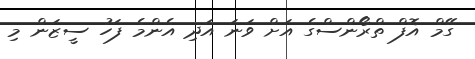
ގޭމް އޮފް ތްރޯންސްގެ އަށް ވަނަ އަދި އެންމެ ފަހު ސީޒަން މި